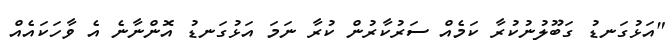
"އަޅުގަނޑު ގަބޫލުނުކުރާ ކަމެއް ސަރުކާރުން ކުރާ ނަމަ އަޅުގަނޑު އޮންނާނެ އެ ވާހަކައެއް